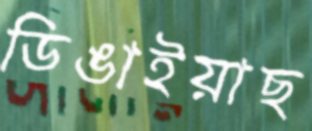
ডিঙাইয়াছ